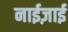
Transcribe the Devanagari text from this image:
नाईज़ाई